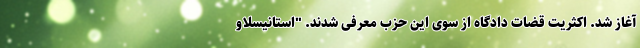
آغاز شد. اکثریت قضات دادگاه از سوی این حزب معرفی شدند. "استانیسلاو